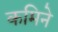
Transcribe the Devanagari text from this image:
कमिने